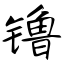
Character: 镥